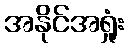
အနိုင်အရှုံး